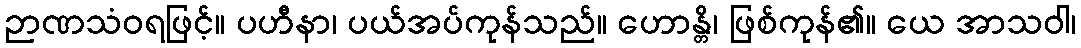
ဉာဏသံဝရဖြင့်။ ပဟီနာ၊ ပယ်အပ်ကုန်သည်။ ဟောန္တိ၊ ဖြစ်ကုန်၏။ ယေ အာသဝါ၊